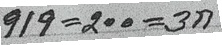
919 = 100 = 6ก